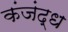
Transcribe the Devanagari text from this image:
कंजंद्ध